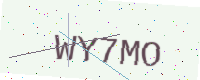
Text: WY7MO